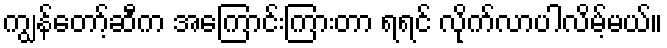
ကျွန်တော့်ဆီက အကြောင်းကြားတာ ရရင် လိုက်လာပါလိမ့်မယ်။